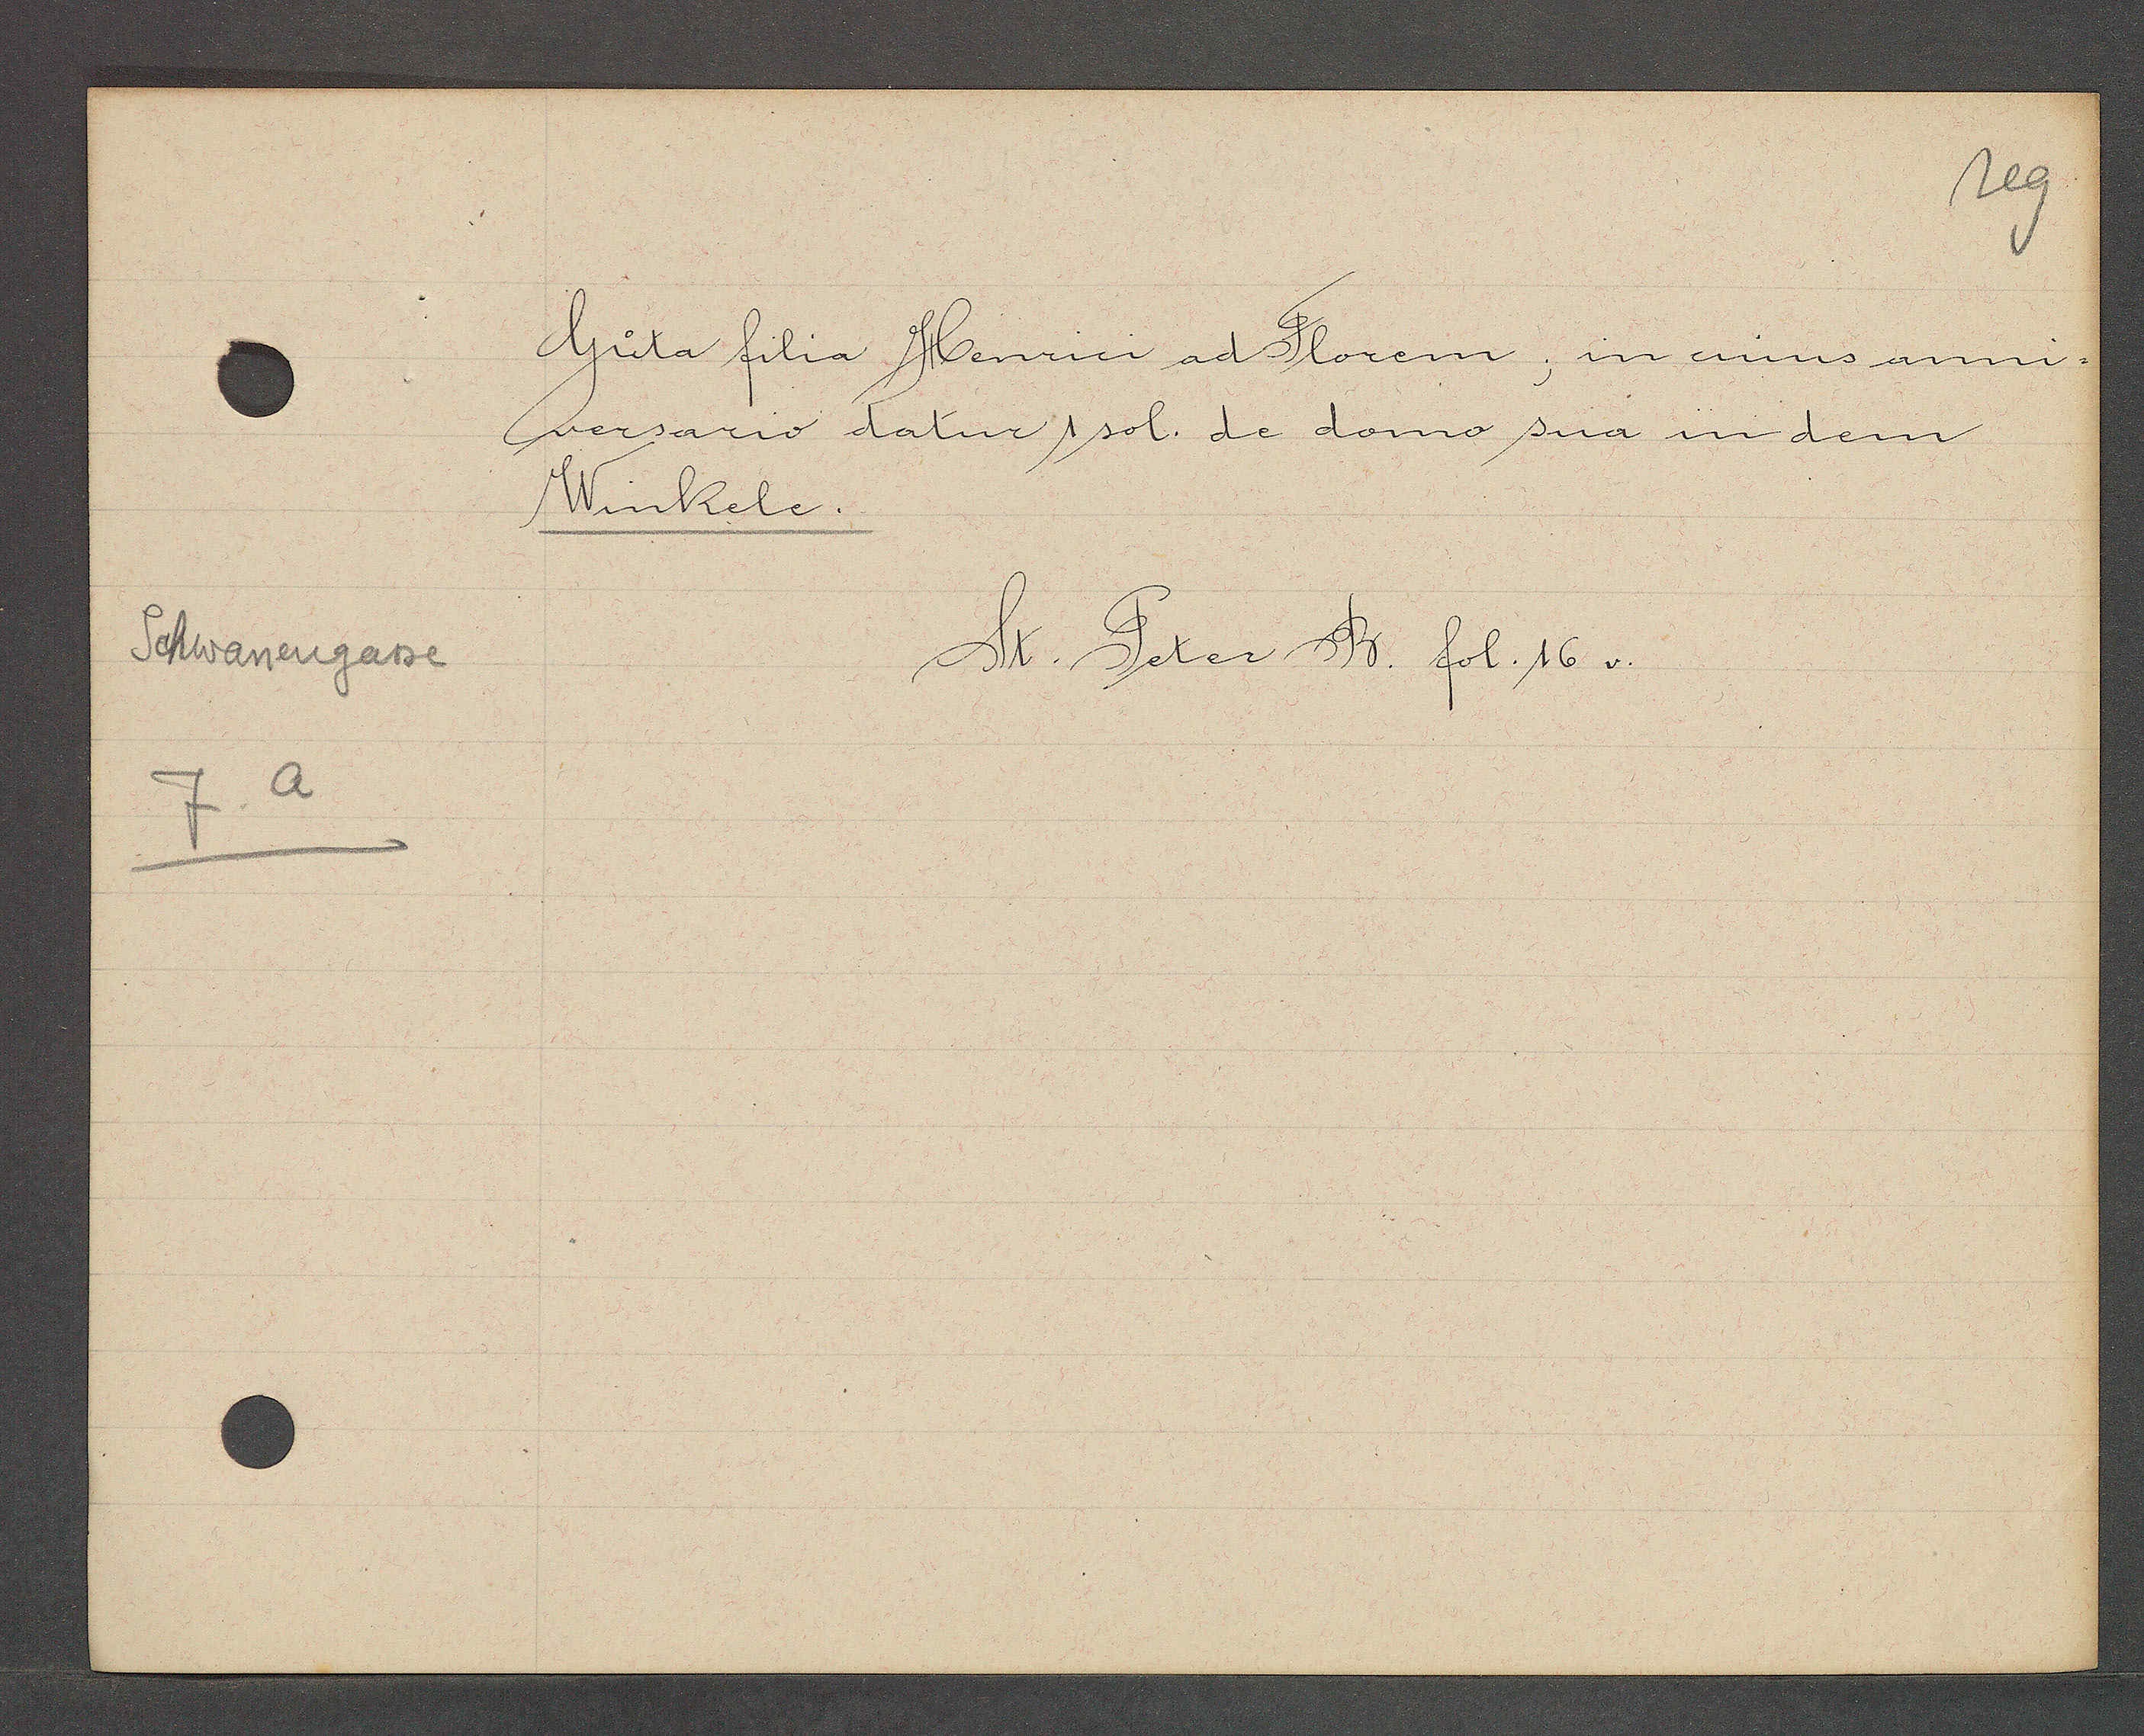
Transcript:
Schwanengasse
7a

St. Peter B. fol. 16 v.

Guta filia Henrici ad Florem, in einns anni¬
versario datur 1 sol. de domo sua in dem
Winkele.